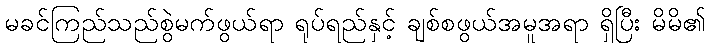
မခင်ကြည်သည်စွဲမက်ဖွယ်ရာ ရုပ်ရည်နှင့် ချစ်စဖွယ်အမူအရာ ရှိပြီး မိမိ၏